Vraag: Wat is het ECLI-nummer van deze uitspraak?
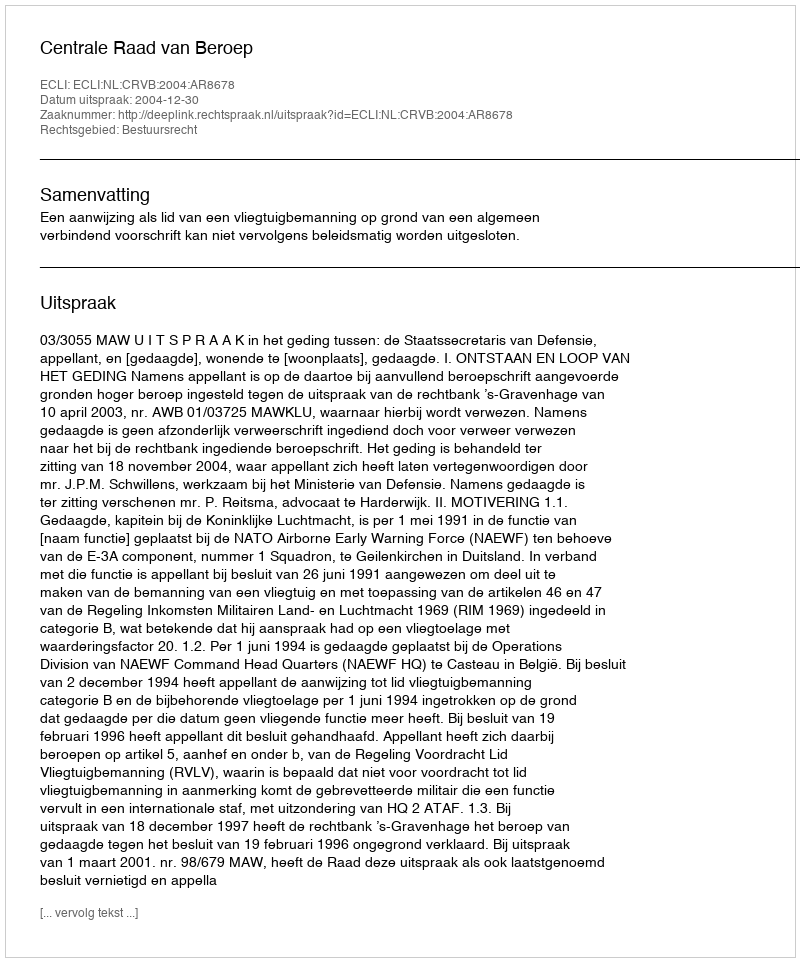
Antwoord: ECLI:NL:CRVB:2004:AR8678